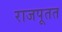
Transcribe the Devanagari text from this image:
राजपूतत